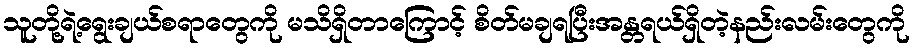
သူတို့ရဲ့ရွေးချယ်စရာတွေကို မသိရှိတာကြောင့် စိတ်မချရပြီးအန္တရယ်ရှိတဲ့နည်းလမ်းတွေကို